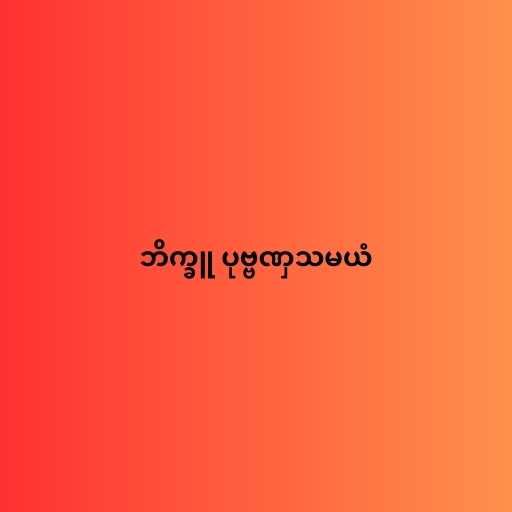
ဘိက္ခူ ပုဗ္ဗဏှသမယံ